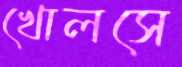
খোলসে